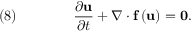
\quad ( 8 ) \qquad \qquad { \frac { \partial { \mathbf { u } } } { \partial t } } + \nabla \cdot { \mathbf { f } } \left( { \mathbf { u } } \right) = { \mathbf { 0 } } .